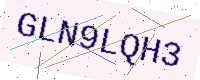
Text: GLN9LQH3